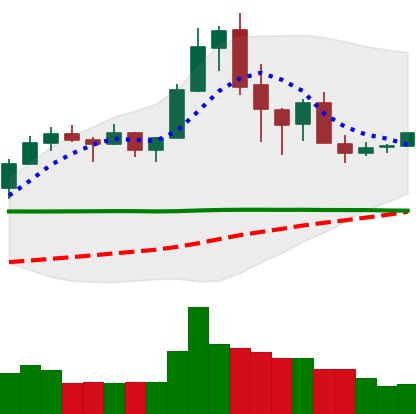
Ticker: XRP-USD
Chart end date: 2020-02-23
Forward return: -16.418%
Label: down_7plus